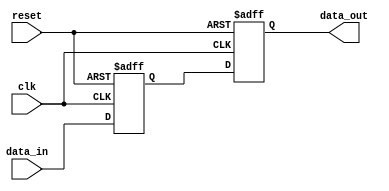
module example_design (
    input wire clk,        // Clock signal
    input wire reset,      // Asynchronous reset signal
    input wire [3:0] data_in, // 4-bit input data
    output reg [3:0] data_out // 4-bit output data
);

// Internal state variable
reg [3:0] state;

// Sequential logic with positive edge sensitivity
always @(posedge clk or posedge reset) begin
    if (reset) begin
        // Reset condition: clear state and output
        state <= 4'b0000;
        data_out <= 4'b0000;
    end else begin
        // Update state and output on clock edge
        state <= data_in;  // Update state with input data
        data_out <= state; // Output the current state
    end
end

endmodule